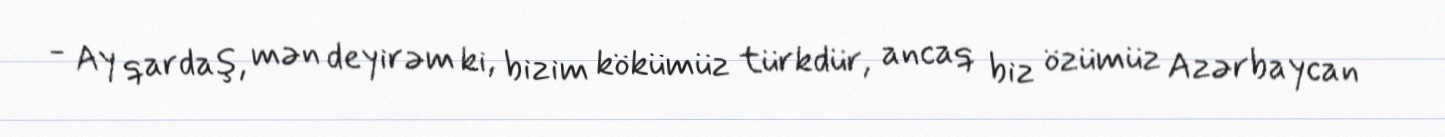
- Ay qardaş, mən deyirəm ki, bizim kökümüz türkdür, ancaq biz özümüz Azərbaycan